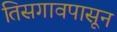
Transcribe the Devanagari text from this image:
तिसगावपासून